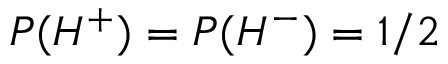
P ( { H ^ { + } } ) = P ( { H ^ { - } } ) = 1 / 2